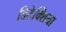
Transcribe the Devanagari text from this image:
डिटेक्शिया